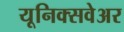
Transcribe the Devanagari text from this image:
यूनिक्सवेअर